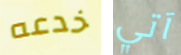
خدعه آتي